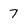
Character: 7